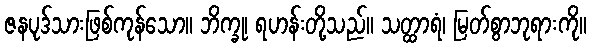
ဇနပုဒ်သားဖြစ်ကုန်သော။ ဘိက္ခု၊ ရဟန်းတို့သည်။ သတ္ထာရံ၊ မြတ်စွာဘုရားကို။